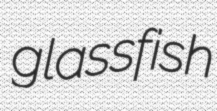
glassfish